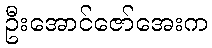
ဦးအောင်ဇော်အေးက